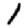
Digit: 1